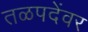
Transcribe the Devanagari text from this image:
तळपदेंवर